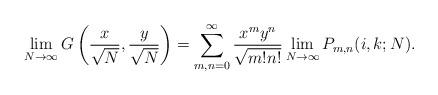
LaTeX: \begin{align*}\lim_{N\rightarrow \infty} G\left(\frac{x}{\sqrt{N}},\frac{y}{\sqrt{N}}\right)=\sum_{m,n=0}^{\infty}\frac{x^{m}y^{n}}{\sqrt{m!n!}}\lim_{N\rightarrow \infty}P_{m,n}(i,k;N).\end{align*}